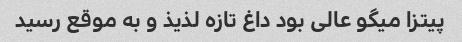
پیتزا میگو عالی بود داغ تازه لذیذ و به موقع رسید